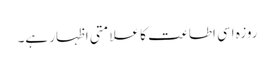
روزہ اِسی اطاعت کا علامتی اظہار ہے۔